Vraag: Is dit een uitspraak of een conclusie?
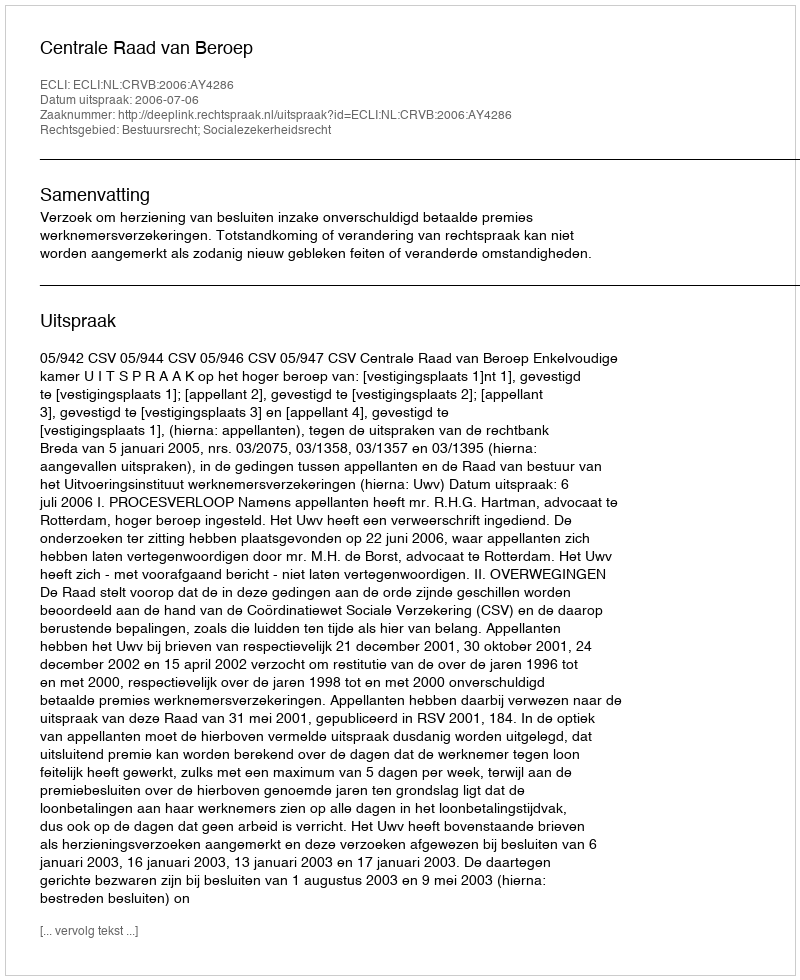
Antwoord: Uitspraak